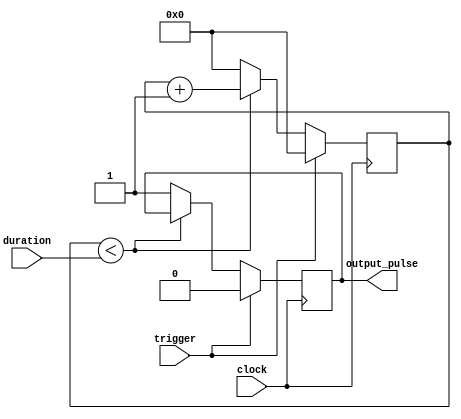
module one_shot_timer (
    input trigger,
    input clock,
    input [7:0] duration,
    output reg output_pulse
);

reg [7:0] count;

always @(posedge clock) begin
    if (trigger) begin
        count <= 0;
        output_pulse <= 0;
    end else begin
        if (count < duration) begin
            count <= count + 1;
        end else begin
            count <= 0;
            output_pulse <= 1;
        end
    end
end

endmodule